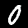
Digit: 0